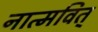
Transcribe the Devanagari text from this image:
नात्मवित्‌